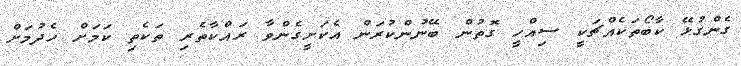
ގެންގުޅޭ ކާބޯތަކެއްޗަކީ ސިއްހީ ގޮތުން ބޭނުންކުރަން އެކަށީގެންވާ ރައްކާތެރި ތަކެތި ކަމަށް ހެދުމަށް